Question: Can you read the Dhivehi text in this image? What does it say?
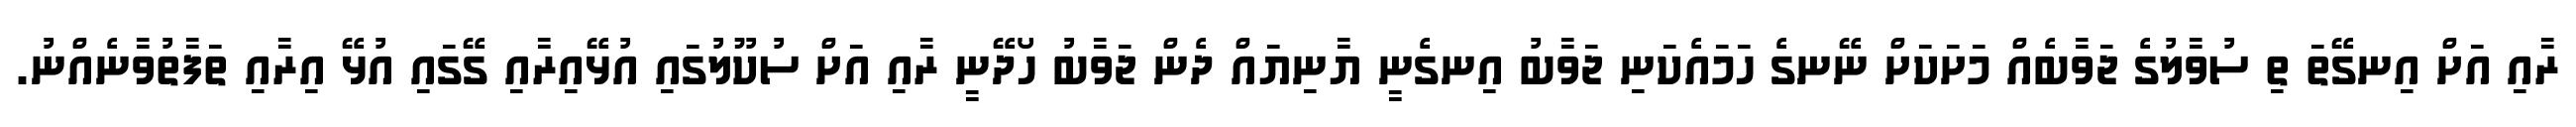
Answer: ރާއި އަށް އިނގޭތަ ތި ސުވާލުގެ ޖަވާބެއް މަށަކަށް ނޭނގެ ހަމައެކަނި ޖަވާބު އިނގެނީ ޔާނިޔައް ދެން ޖަވާބު ހޯދޭނީ ރާއި އަށް ސުކޫލުގައި އުޅޭއިރާއި ގޭގައި އުޅޭ އިރާއި ތަފާތުވާނެއްނު.